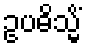
ဥပဓိသ္မိံ